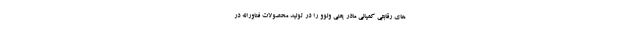
های رقابتی کمپانی مادر یعنی ولوو را در تولید محصولات فناورانه در